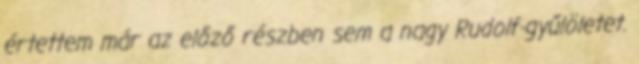
értettem már az előző részben sem a nagy Rudolf-gyűlöletet.